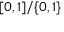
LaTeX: [ 0 , 1 ] / \{ 0 , 1 \}